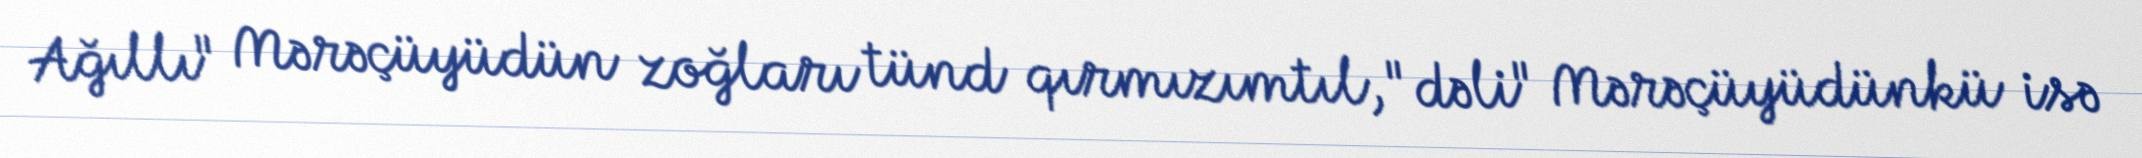
Ağıllı" Mərəçüyüdün zoğları tünd qırmızımtıl, "dəli" Mərəçüyüdünkü isə